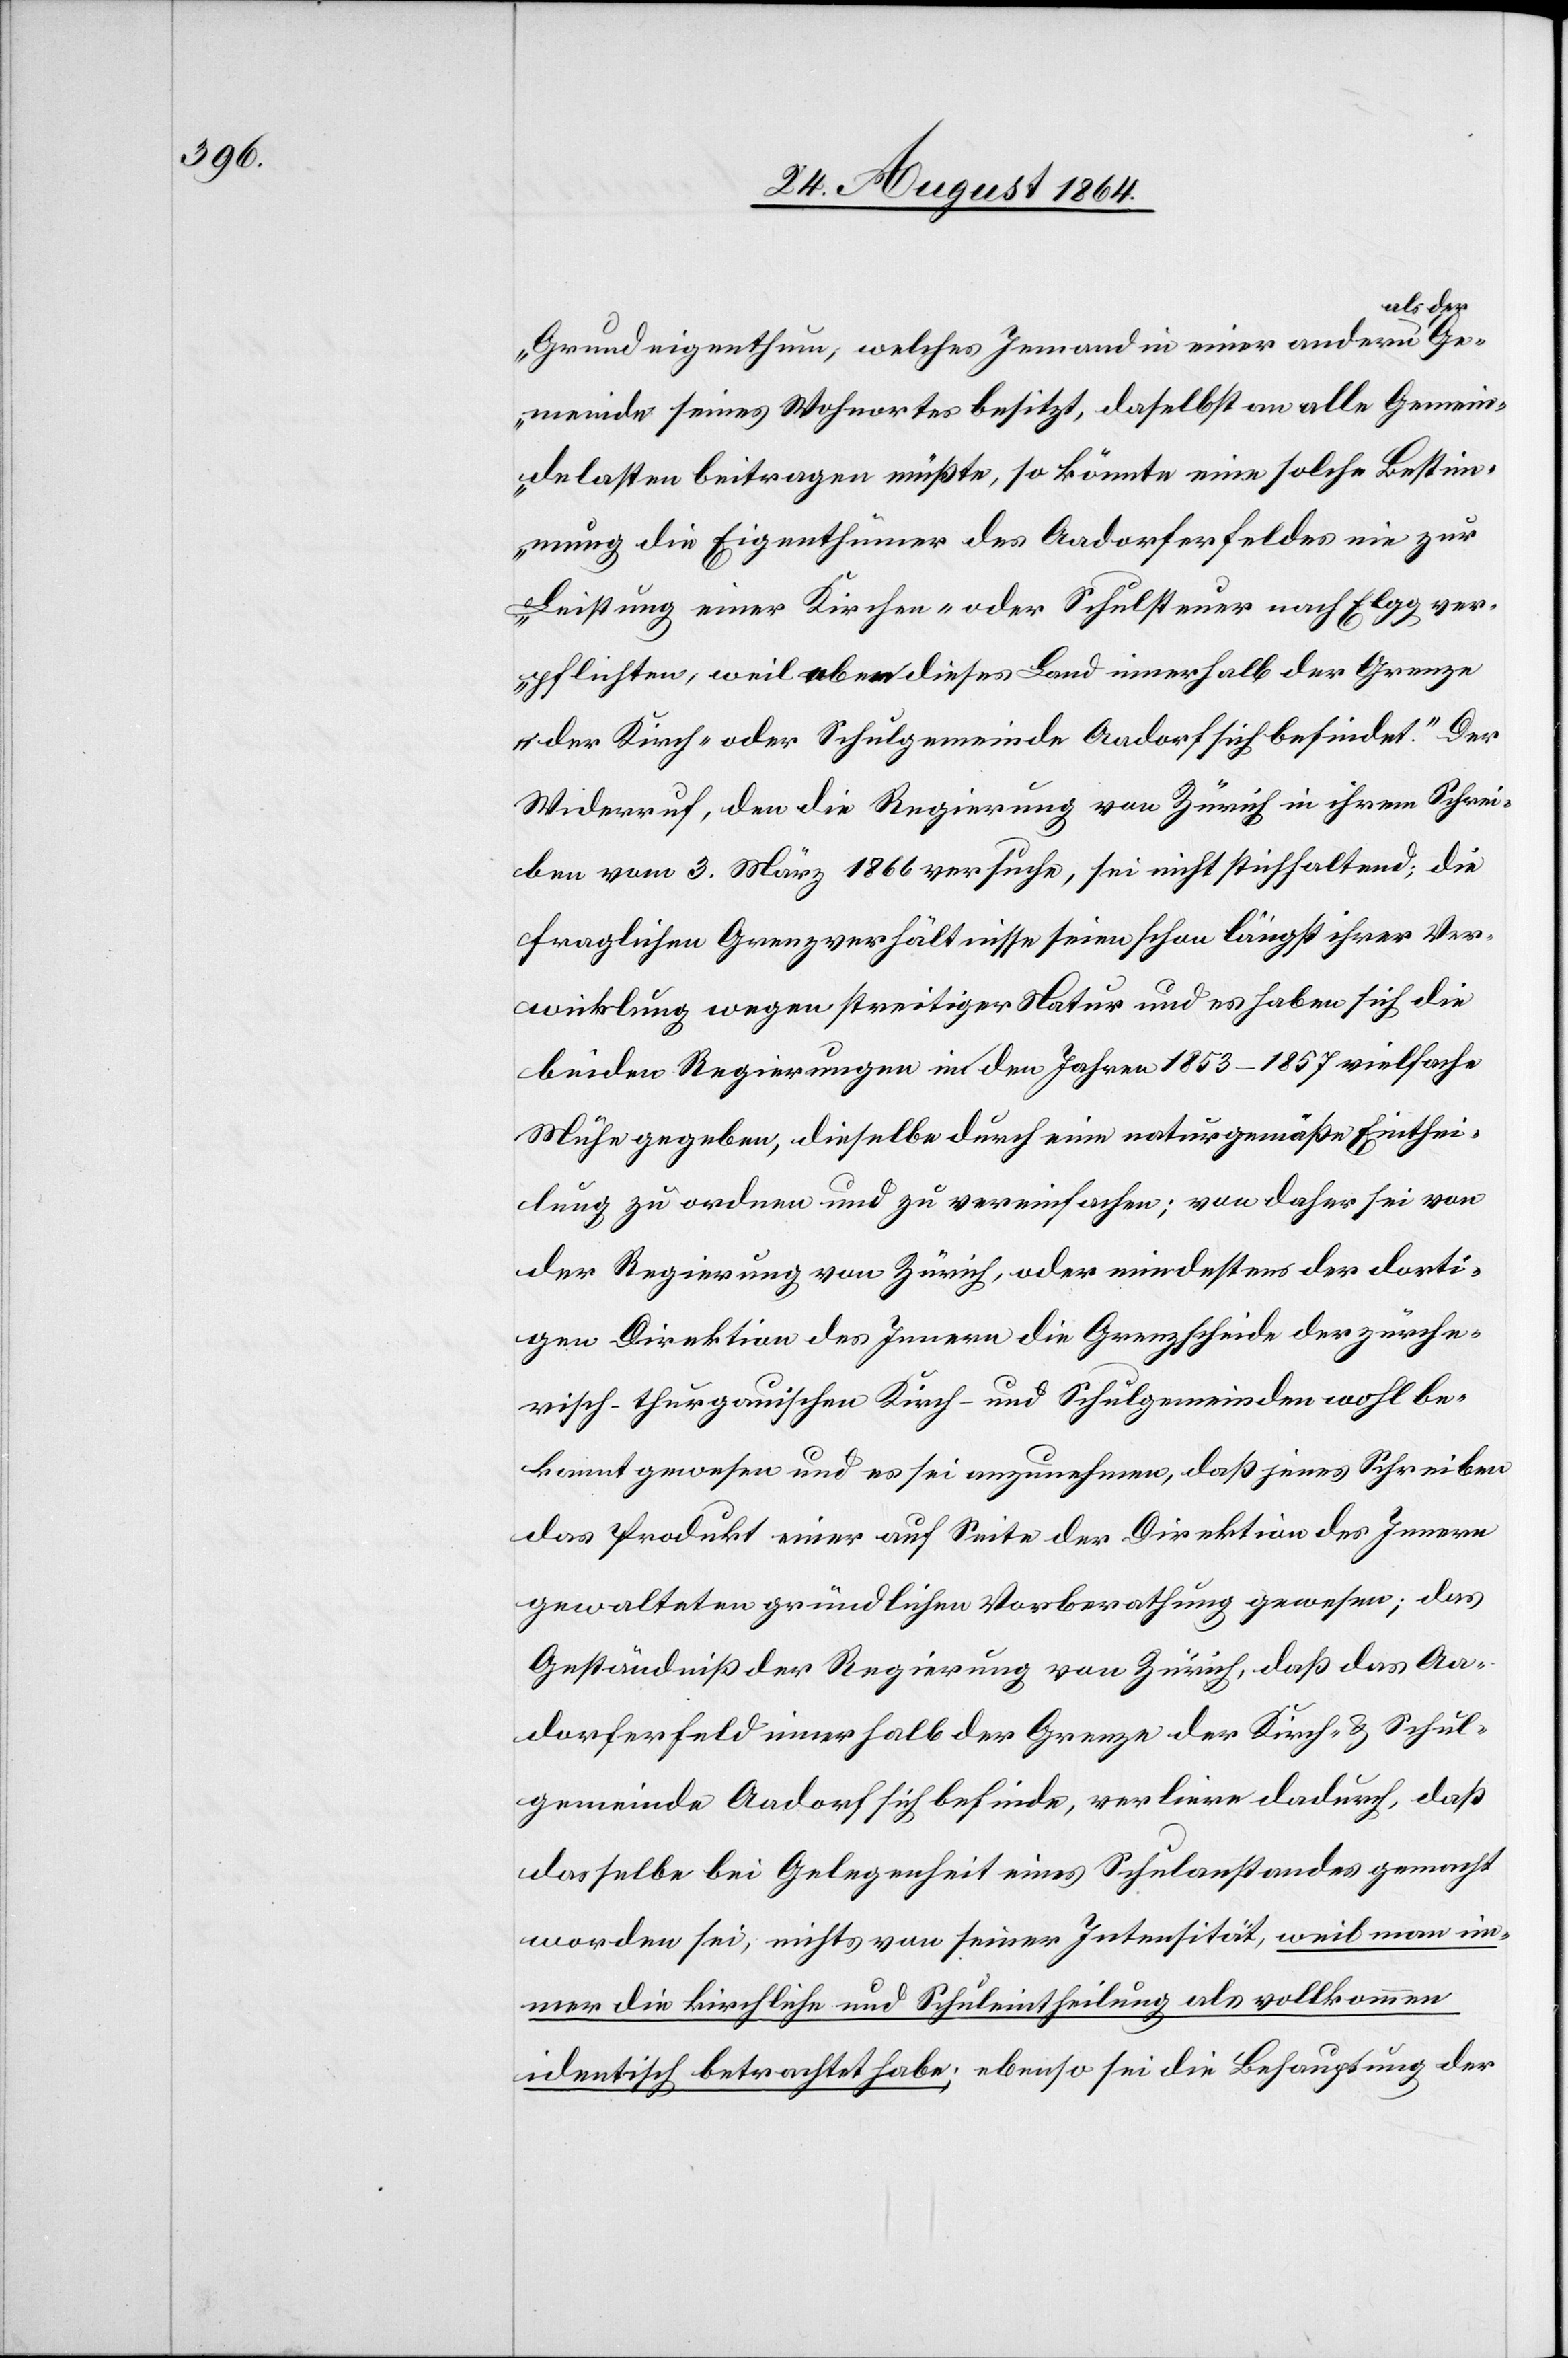
als der
Grundeigenthum, welches Jemand in einer anderen
Gemeinde seines Wohnortes besitzt, daselbst an alle Gemein¬
delasten beitragen müßte, so könnte eine solche Bestim¬
mung die Eigenthümer des Aadorferfeldes nie zur
Leistung einer Kirchen- oder Schulsteuer nach Elgg ver¬
pflichten, weil eben dieses Land innerhalb der Grenze
der Kirch- oder Schulgemeinde Aadorf sich befindet.“ Der
Widerruf, den die Regierung von Zürich in ihrem Schrei¬
ben vom 3. März 1866 versuche, sei nicht stichhaltend; die
fraglichen Grenzverhältnisse seien schon längst ihrer Ver¬
wicklung wegen streitiger Natur und es haben sich die
beiden Regierungen in den Jahren 1853–1857 vielfache
Mühe gegeben, dieselbe durch eine naturgemäße Einthei¬
lung zu ordnen und zu vereinfachen; von daher sei von
der Regierung von Zürich, oder mindestens der dorti¬
gen Direktion des Innern die Grenzscheide der zürche¬
risch-thurgauischen Kirch- und Schulgemeinden wohl be¬
kannt gewesen und so sei anzunehmen, daß jenes Schreiben
das Produkt einer auf Seite der Direktion des Innern
gewalteten gründlichen Vorberathung gewesen; das
Geständniß der Regierung von Zürich, daß das Aa¬
dorferfeld innerhalb der Grenze der Kirch- u. Schul¬
gemeinde Aadorf sich befinde, verliere dadurch, daß
dasselbe bei Gelegenheit eines Schulanstandes gemacht
worden sei, nichts von seiner Intensität, weil man im¬
mer die kirchliche und Schuleintheilung als vollkommen
identisch betrachtet habe; ebenso sei die Behauptung der